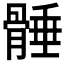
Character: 𩩞